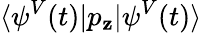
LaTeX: \langle\psi^{V}(t)|p_{\mathbf{z}}|\psi^{V}(t)\rangle